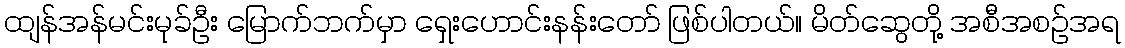
ထျန်အန်မင်းမုခ်ဦး မြောက်ဘက်မှာ ရှေးဟောင်းနန်းတော် ဖြစ်ပါတယ်။ မိတ်ဆွေတို့ အစီအစဉ်အရ